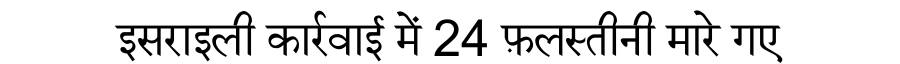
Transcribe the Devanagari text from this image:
इसराइली कार्रवाई में 24 फ़लस्तीनी मारे गए